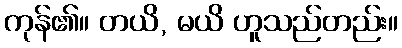
ကုန်၏။ တယိ, မယိ ဟူသည်တည်း။